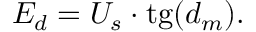
E _ { d } = U _ { s } \cdot \mathrm { t g } ( d _ { m } ) .